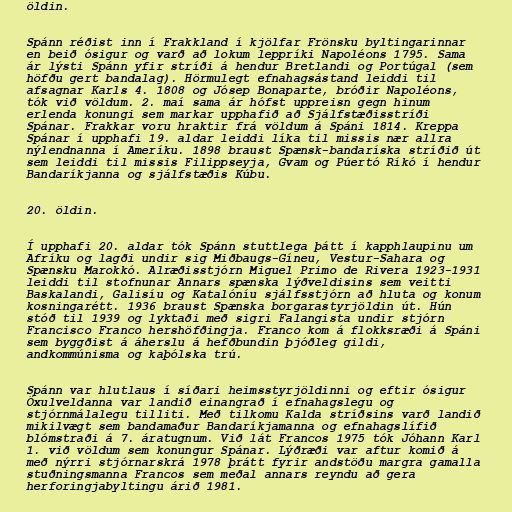
öldin.

Spánn réðist inn í Frakkland í kjölfar Frönsku byltingarinnar
en beið ósigur og varð að lokum leppríki Napoléons 1795. Sama
ár lýsti Spánn yfir stríði á hendur Bretlandi og Portúgal (sem
höfðu gert bandalag). Hörmulegt efnahagsástand leiddi til
afsagnar Karls 4. 1808 og Jósep Bonaparte, bróðir Napoléons,
tók við völdum. 2. maí sama ár hófst uppreisn gegn hinum
erlenda konungi sem markar upphafið að Sjálfstæðisstríði
Spánar. Frakkar voru hraktir frá völdum á Spáni 1814. Kreppa
Spánar í upphafi 19. aldar leiddi líka til missis nær allra
nýlendnanna í Ameríku. 1898 braust Spænsk-bandaríska stríðið út
sem leiddi til missis Filippseyja, Gvam og Púertó Ríkó í hendur
Bandaríkjanna og sjálfstæðis Kúbu.

20. öldin.

Í upphafi 20. aldar tók Spánn stuttlega þátt í kapphlaupinu um
Afríku og lagði undir sig Miðbaugs-Gíneu, Vestur-Sahara og
Spænsku Marokkó. Alræðisstjórn Miguel Primo de Rivera 1923-1931
leiddi til stofnunar Annars spænska lýðveldisins sem veitti
Baskalandi, Galisíu og Katalóníu sjálfsstjórn að hluta og konum
kosningarétt. 1936 braust Spænska borgarastyrjöldin út. Hún
stóð til 1939 og lyktaði með sigri Falangista undir stjórn
Francisco Franco hershöfðingja. Franco kom á flokksræði á Spáni
sem byggðist á áherslu á hefðbundin þjóðleg gildi,
andkommúnisma og kaþólska trú.

Spánn var hlutlaus í síðari heimsstyrjöldinni og eftir ósigur
Öxulveldanna var landið einangrað í efnahagslegu og
stjórnmálalegu tilliti. Með tilkomu Kalda stríðsins varð landið
mikilvægt sem bandamaður Bandaríkjamanna og efnahagslífið
blómstraði á 7. áratugnum. Við lát Francos 1975 tók Jóhann Karl
1. við völdum sem konungur Spánar. Lýðræði var aftur komið á
með nýrri stjórnarskrá 1978 þrátt fyrir andstöðu margra gamalla
stuðningsmanna Francos sem meðal annars reyndu að gera
herforingjabyltingu árið 1981.